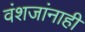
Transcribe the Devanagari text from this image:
वंशजांनाही